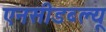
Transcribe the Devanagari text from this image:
एनसीडब्ल्यू